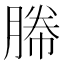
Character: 㬺